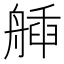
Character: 𦩿